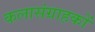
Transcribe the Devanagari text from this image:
कलासंग्राहकों